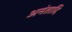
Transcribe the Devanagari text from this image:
अनंतादि